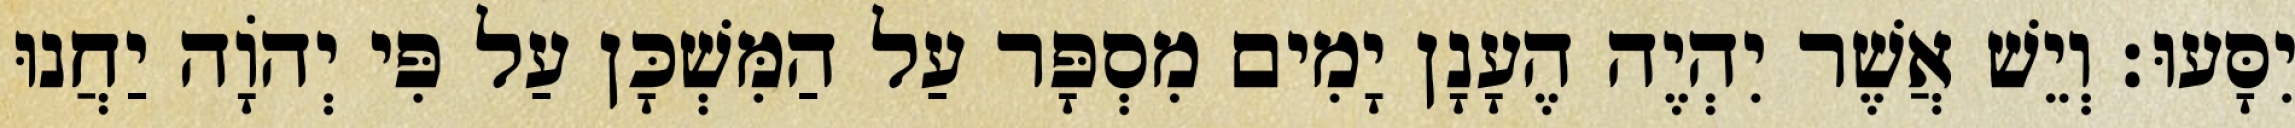
יִסָּעוּ׃ וְיֵשׁ אֲשֶׁר יִהְיֶה הֶעָנָן יָמִים מִסְפָּר עַל הַמִּשְׁכָּן עַל פִּי יְהוָֹה יַחֲנוּ